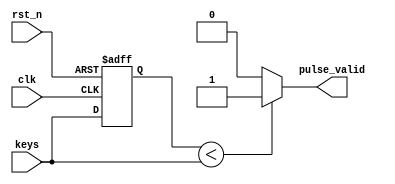
`timescale 1ns / 1ps
//////////////////////////////////////////////////////////////////////////////////
// Company: 
// Engineer: 
// 
// Design Name: 
// Module Name: pulse_valid
// Project Name: 
// Target Devices: 
// Tool Versions: 
// Description: 
// 
// Dependencies: 
// 
// Revision:
// Revision 0.01 - File Created
// Additional Comments:
// 
//////////////////////////////////////////////////////////////////////////////////


module pulse_valid(
    input clk,
    input rst_n,
    input keys,
    output reg pulse_valid
    );
    reg key_down_temp;

    always @(posedge clk or negedge rst_n)
        if (~rst_n)  key_down_temp <= 0;
        else key_down_temp <= keys;

    always @*
        if (key_down_temp < keys)  pulse_valid  = 1'd1;
        else  pulse_valid  <= 1'd0;

endmodule